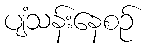
ပျံသန်းနေစဉ်